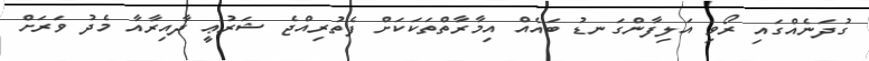
ގުދަނެއްގައި ރޯވި އަލިފާންގަނޑު ބައެއް އިމާރާތްތަކަކަށް ފެތުރިއްޖެ ޝަރުޢީ ދާއިރާއާ މެދު ވަރަށް